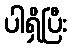
ပါရှိပြီး